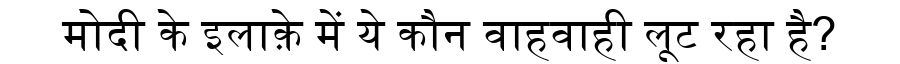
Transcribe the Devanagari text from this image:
मोदी के इलाक़े में ये कौन वाहवाही लूट रहा है?